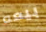
بيعه